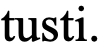
tusti.